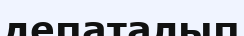
депаталып